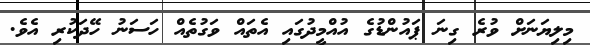
މިލިޔަނަށް ވުރެ ގިނަ ޕައުންޑުގެ އުއްމީދުގައި އެތައް ވަގުތެއް ހަސަނު ހޭދަކުރި އެވެ.